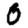
Digit: 0